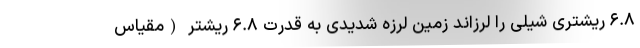
۶.۸ ریشتری شیلی را لرزاند زمین لرزه شدیدی به قدرت ۶.۸ ریشتر (مقیاس